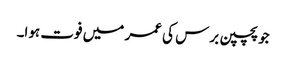
جو پچپن برس کی عمر میں فوت ہوا۔